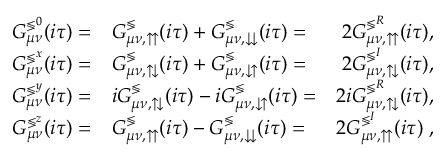
\begin{array} { r l r } { G _ { \mu \nu } ^ { \lessgtr ^ { 0 } } ( i \tau ) = } & { { } G _ { \mu \nu , \upuparrows } ^ { \lessgtr } ( i \tau ) + G _ { \mu \nu , \downdownarrows } ^ { \lessgtr } ( i \tau ) = } & { 2 G _ { \mu \nu , \upuparrows } ^ { \lessgtr ^ { R } } ( i \tau ) , } \\ { G _ { \mu \nu } ^ { \lessgtr ^ { x } } ( i \tau ) = } & { { } G _ { \mu \nu , \updownarrows } ^ { \lessgtr } ( i \tau ) + G _ { \mu \nu , \downuparrows } ^ { \lessgtr } ( i \tau ) = } & { 2 G _ { \mu \nu , \updownarrows } ^ { \lessgtr ^ { I } } ( i \tau ) , } \\ { G _ { \mu \nu } ^ { \lessgtr ^ { y } } ( i \tau ) = } & { { } i G _ { \mu \nu , \updownarrows } ^ { \lessgtr } ( i \tau ) - i G _ { \mu \nu , \downuparrows } ^ { \lessgtr } ( i \tau ) = } & { 2 i G _ { \mu \nu , \updownarrows } ^ { \lessgtr ^ { R } } ( i \tau ) , } \\ { G _ { \mu \nu } ^ { \lessgtr ^ { z } } ( i \tau ) = } & { { } G _ { \mu \nu , \upuparrows } ^ { \lessgtr } ( i \tau ) - G _ { \mu \nu , \downdownarrows } ^ { \lessgtr } ( i \tau ) = } & { 2 G _ { \mu \nu , \upuparrows } ^ { \lessgtr ^ { I } } ( i \tau ) \; , } \end{array}